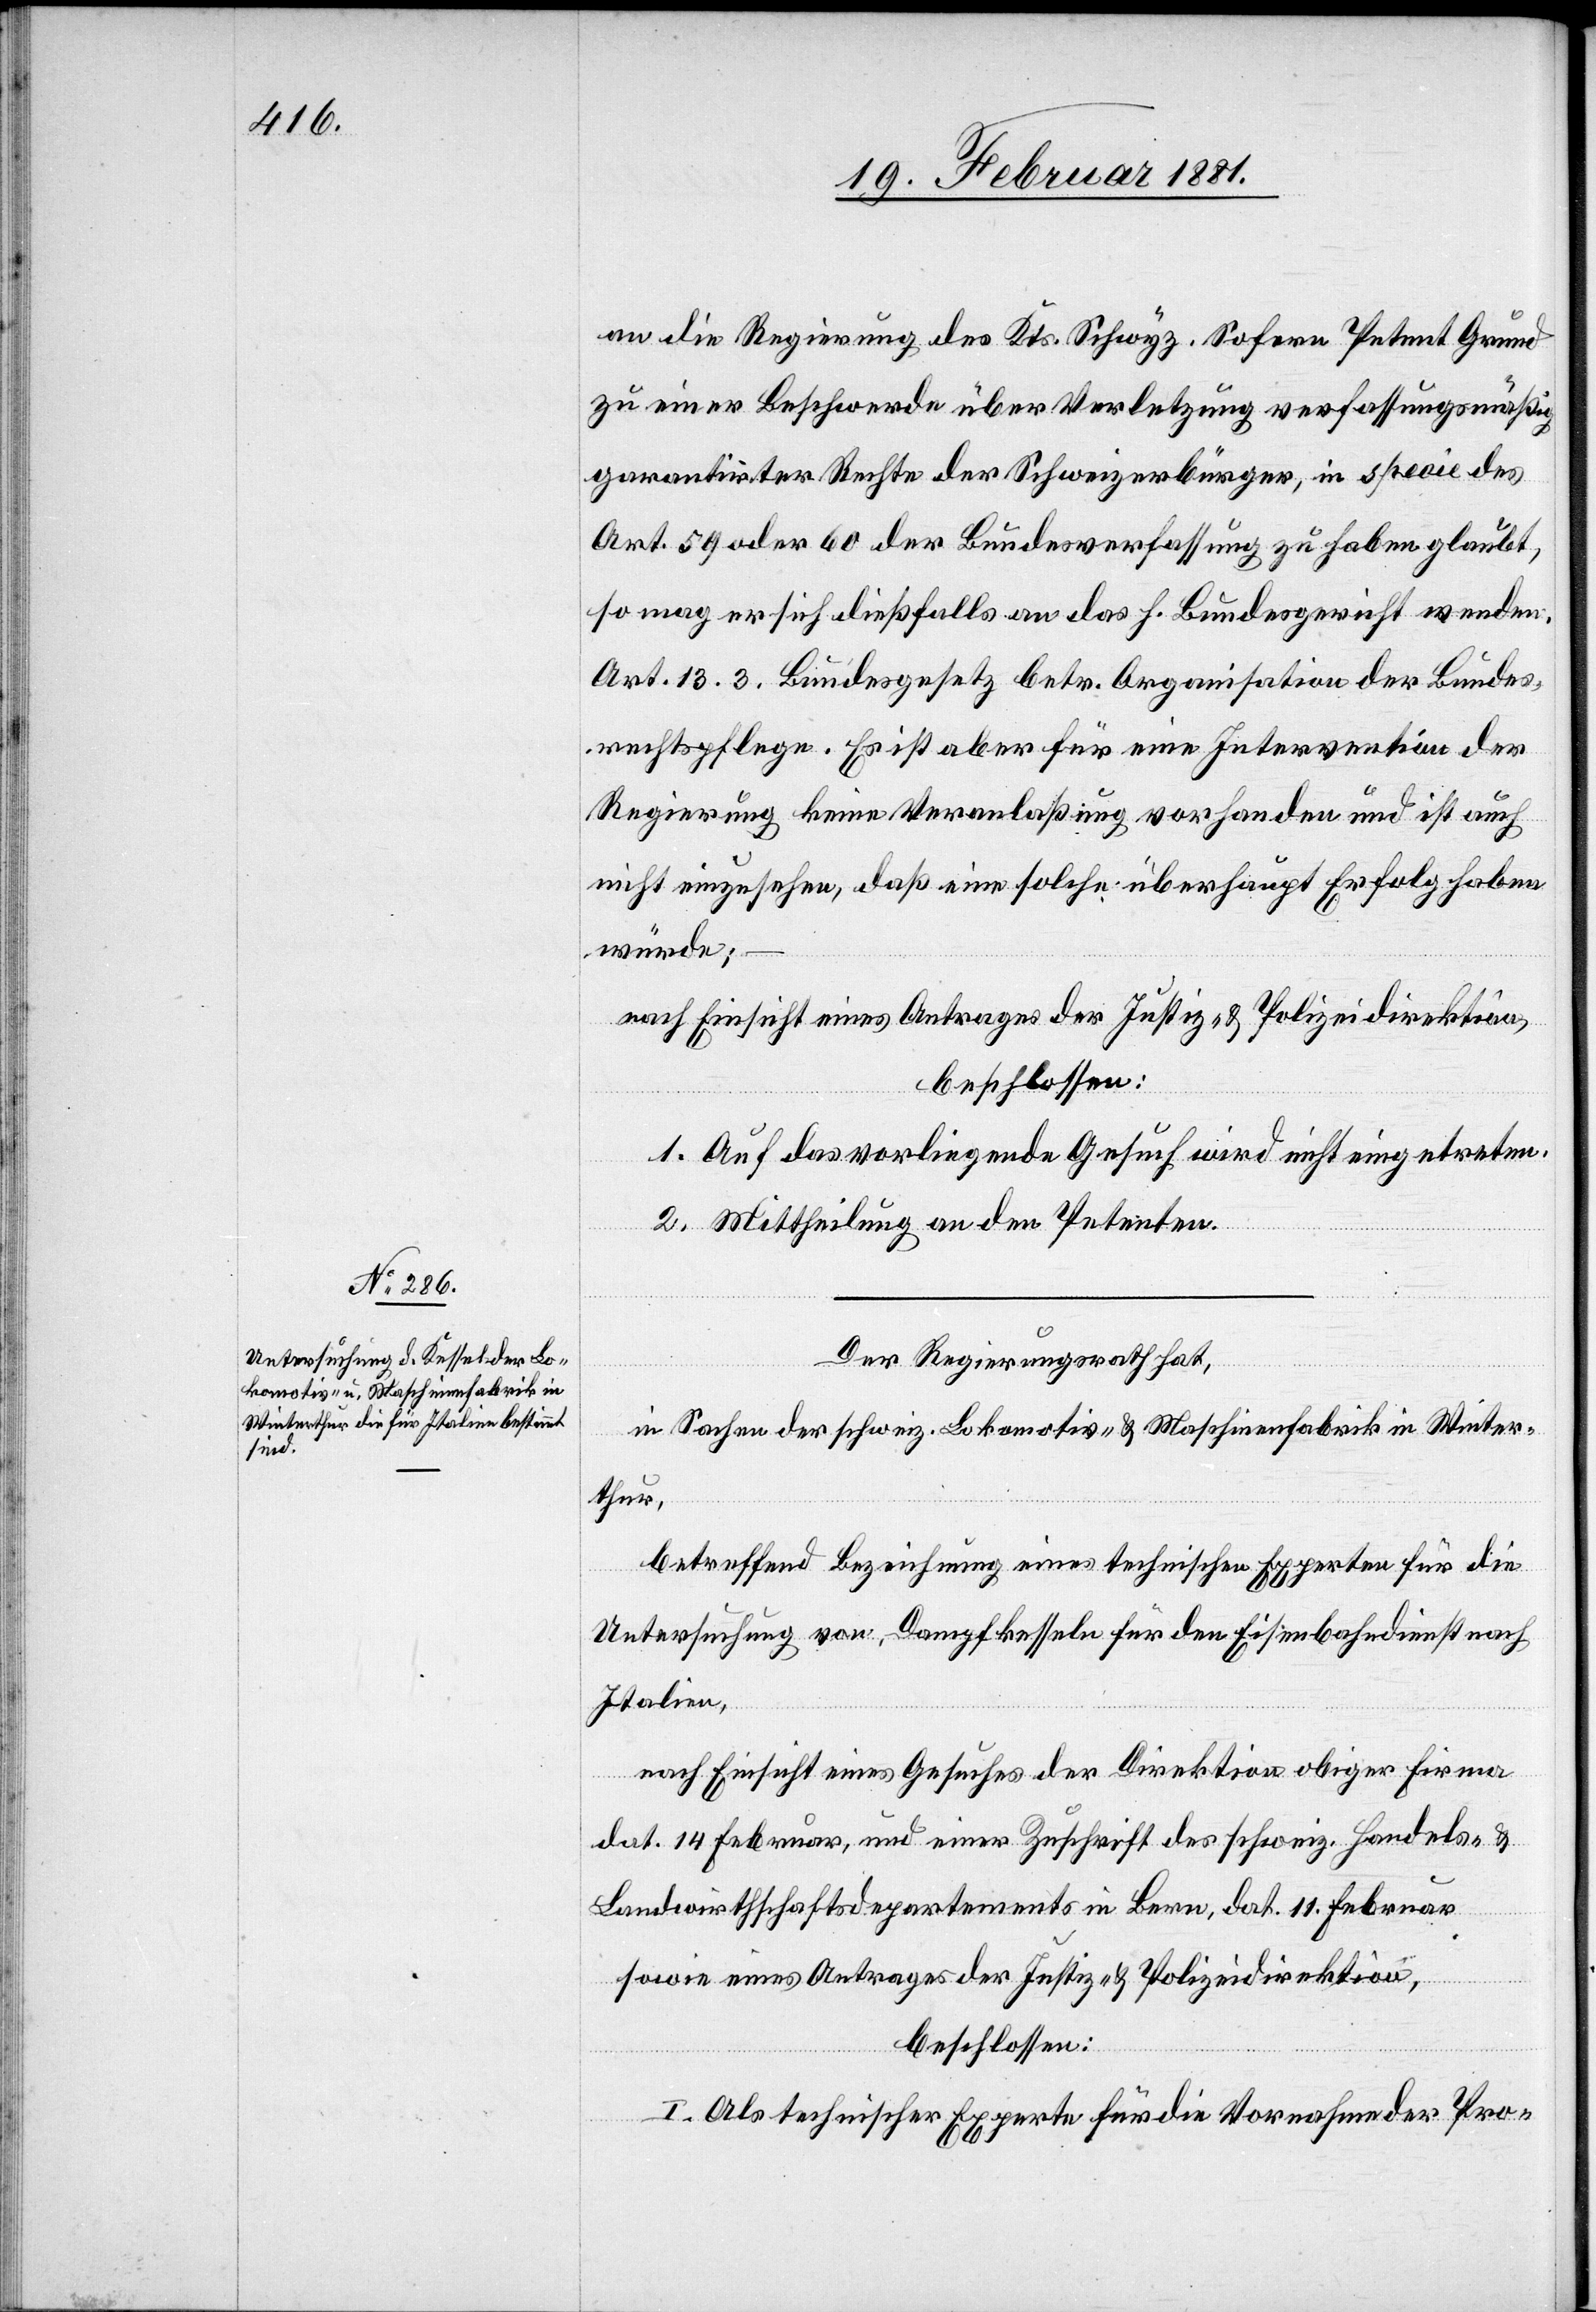
an die Regierung des Kts. Schwyz. Sofern Petent Grund
zu einer Beschwerde über Verletzung verfassungsmäßig
garantirter Rechte der Schweizerbürger, in speoie des
Art. 59 oder 60 der Bundesverfassung zu haben glaubt,
so mag er sich dießfalls an das h. Bundesgericht wenden.
Art. 13.3, Bundesgesetz betr. Organisation der Bundes¬
rechtspflege. Es ist aber für eine Intervention der
Regierung keine Veranlaßung vorhanden und ist n¬
icht einzusehen, daß eine solche überhaupt Erfolg haben
würde;
nach Einsicht eines Antrages der Justiz- & Polizeidirektion,
beschlossen:
1. Auf das vorliegende Gesuch wird nicht eingetreten.
2. Mittheilung an den Petenten.
Der Regierungsrath hat,
in Sachen der schweiz. Lokomotiv- & Maschinenfabrik in Winter¬
thur,
betreffend Bezeichnung eines technischen Experten für die
Untersuchung von, Dampfkessel für den Eisenbahndienst nach
Italien,
nach Einsicht eines Gesuches der Direktion obiger Firma
dat. 14. Februar, und seiner Zuschrift des schweiz. Handles- &
Landwirthschaftsdepartements in Bern, dat. 11. Februar
sowie eines Antrages der Justiz- & Polizeidirektion,
beschlossen:
I. Als technischer Experte für die Vornahme der Pro-